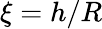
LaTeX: \xi=h/R